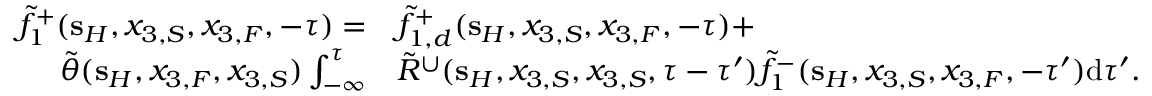
\begin{array} { r l } { \tilde { f } _ { 1 } ^ { + } ( { \bf s } _ { H } , x _ { 3 , S } , x _ { 3 , F } , - \tau ) = } & { \tilde { f } _ { 1 , d } ^ { + } ( { \bf s } _ { H } , x _ { 3 , S } , x _ { 3 , F } , - \tau ) + } \\ { \tilde { \theta } ( { \bf s } _ { H } , x _ { 3 , F } , x _ { 3 , S } ) \int _ { - \infty } ^ { \tau } } & { \tilde { R } ^ { \cup } ( { \bf s } _ { H } , x _ { 3 , S } , x _ { 3 , S } , \tau - \tau ^ { \prime } ) \tilde { f } _ { 1 } ^ { - } ( { \bf s } _ { H } , x _ { 3 , S } , x _ { 3 , F } , - \tau ^ { \prime } ) \mathrm { d } \tau ^ { \prime } . } \end{array}